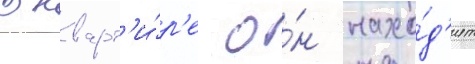
В кварт'и́р'е о́н нахо́д'ит